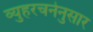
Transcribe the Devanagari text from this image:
व्युहरचनेनुसार